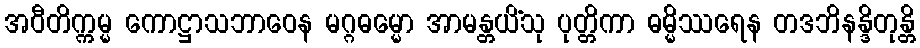
အဝီတိက္ကမ္မ ကောဋ္ဌာသဘာဝေန မဂ္ဂဓမ္မော အာမန္တယိံသု ပုတ္တိကာ ဓမ္မိဿရေန တဒဘိနန္ဒိတုန္တိ